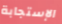
الإستجابة